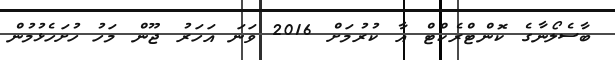
ބާސެލޯނާގެ ކޮންޓްރެކްޓް އާ ކުރުމަށް 2016 ވަނަ އަހަރު ޖޫން މަހު ހުށަހެޅުމުން